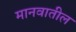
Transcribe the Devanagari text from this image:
मानवातील